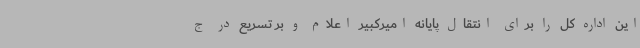
این اداره کل را برای انتقال پایانه امیرکبیر اعلام و بر تسریع در ج